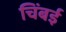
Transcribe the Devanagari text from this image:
चिंबई